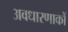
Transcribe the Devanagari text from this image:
अवधारणाकों